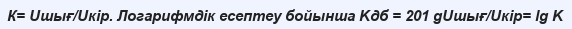
К= Uшығ/Uкір. Логарифмдік есептеу бойынша Kдб = 201 gUшығ/Uкір= lg K